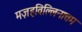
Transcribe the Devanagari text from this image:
मज़हविल्लिनात्तम